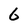
Character: 6